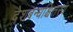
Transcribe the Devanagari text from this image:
देशबन्धश्चित्तस्य